Report on sanitation, dispensaries, and jails in Rajputana for 1912, and on vaccination for the year 1912-1913 - 1912-1913
Year: 1912
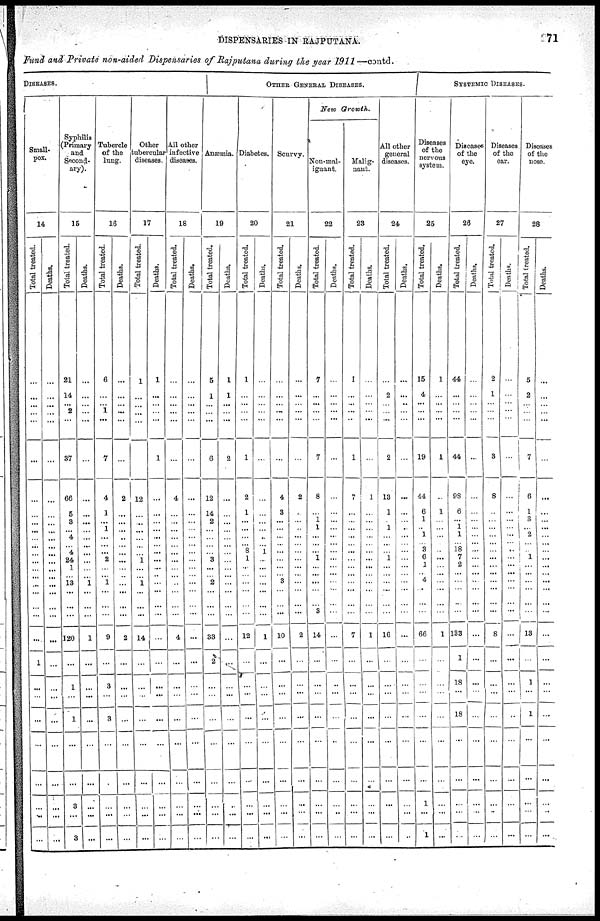
DISPENSARIES IN RAJPUTANA.
71
Fund and Private non-aided Dispensaries of Rajputana during the year 1911—contd.
DISEASES.
Small-
pox.
14
Total treated.
...
...
...
...
...
...
...
...
...
...
...
...
...
...
...
... ...
...
...
...
...
1
...
...
...
...
...
...
...
Deaths.
...
...
...
...
...
...
...
...
...
...
...
...
...
...
...
...
...
...
...
...
...
...
...
...
...
...
...
...
...
Syphilis
(Primary
and
Second-
ary).
15
Total treated.
21
14
... 2
...
37
66
5
3
... 4
... 4
24
1
... 13
...
...
...
120
...
1
...
1
...
3
...
3
Deaths.
...
...
...
...
...
...
...
...
...
...
...
...
...
...
...
... 1
...
...
...
1
...
...
...
...
...
...
...
...
Tubercle
of the
lung.
16
Total treated.
6
...
... 1
...
7
4
1
... 1
...
...
...
2
...
... 1
...
...
...
9
...
3
...
3
...
...
...
...
Deaths.
...
...
... ...
...
...
2
...
...
...
...
...
...
...
...
... ...
...
...
...
2
...
...
...
...
...
...
...
...
Other
tubercular
diseases.
17
Total treated.
1
...
...
...
...
...
12
...
...
...
...
...
...
1
...
... 1
...
...
...
14
...
...
...
...
...
...
...
...
Deaths.
1
...
...
...
...
1
...
...
...
...
...
...
...
...
...
... ...
...
...
...
...
...
...
...
...
...
...
...
...
All other
infective
diseases.
18
Total treated.
...
...
... ...
...
...
4
...
...
...
...
...
...
...
...
... ...
...
...
...
4
...
...
...
...
...
...
...
...
Deaths.
...
...
...
...
...
...
...
...
...
...
...
...
...
...
...
... ...
...
...
...
...
...
...
...
...
...
...
...
...
OTHER GENERAL DISEASES.
Anæmia.
19
Total treated.
5
1
...
...
...
6
12
14
2
...
...
...
...
3
...
... 2
...
...
...
33
2
...
...
...
...
...
...
...
Deaths.
1
1
...
...
...
2
...
...
...
...
...
...
...
...
...
...
...
...
...
...
...
...
...
...
...
...
...
...
...
Diabetes.
20
Total treated.
1
...
...
...
...
1
2
1
...
...
...
... 8
1
...
... ...
...
...
...
12
...
...
...
...
...
...
...
...
Deaths.
...
...
...
...
...
...
...
...
...
...
..
...
1
...
...
... ...
...
...
...
1
...
...
...
...
...
...
...
...
Scurvy.
21
Total treated.
...
...
...
...
...
...
4
3
...
...
...
...
...
...
...
... 3
...
...
...
10
...
...
...
...
...
...
...
...
Deaths.
...
...
...
...
...
...
2
...
...
...
...
...
...
...
...
... ...
...
...
...
2
...
...
...
...
...
...
...
...
New Growth.
Non-mal¬
ignant.
22
Total treated.
7
...
...
...
...
7
8
...
1
1
...
...
...
1
...
...
...
...
...
3
14
...
...
...
...
...
...
...
...
Deaths.
...
...
... ...
...
...
...
...
...
...
...
...
...
...
...
... ...
...
...
...
...
...
...
...
1
...
...
...
...
Malig-
nant.
23
Total treated.
1
...
...
...
...
1
7
...
...
...
...
...
...
...
...
... ...
...
...
...
7
...
...
...
...
...
...
...
...
Deaths.
...
...
...
...
...
...
1
...
...
...
...
...
...
...
...
... ...
...
...
...
1
...
...
...
...
...
...
...
...
All other
general
diseases.
24
Total treated.
...
2
...
...
...
2
13
1
...
1
...
...
...
1
...
...
...
...
...
...
16
...
...
...
...
...
...
...
...
Deaths.
...
...
...
...
...
...
...
...
...
...
...
...
...
...
...
... ...
...
...
...
...
...
...
...
...
...
...
...
...
SYSTEMIC DISEASES.
Diseases
of the
norvous
system.
25
Total treated.
15
4
...
...
...
19
44
6
1
...
1
...
3
6
1
... 4
...
...
...
66
...
...
...
...
...
1
...
1
Deaths.
1
...
...
...
...
1
...
1
...
...
...
...
...
...
...
... ...
...
...
...
1
...
...
...
...
...
...
...
...
Diseases
of the
eye.
26
Total treated.
44
...
...
...
...
44
98
6
...
1
1
...
18
7
2
...
...
...
...
...
133
1
18
...
18
...
...
...
...
Deaths.
...
...
...
...
...
...
...
...
...
...
...
...
...
...
...
... ...
...
...
...
...
...
...
...
...
...
...
...
...
Diseases
of the
ear.
27
Total treated.
2
1
...
...
...
3
8
...
...
...
...
...
...
...
...
... ...
...
...
...
8
...
...
...
...
...
...
...
...
Deaths.
...
...
...
...
...
...
...
...
...
...
...
...
...
...
...
... ...
...
...
...
...
...
...
...
...
...
...
...
...
Diseases
of the
nose.
28
Total treated.
5
2
...
...
...
7
6
1
3
...
2
...
...
1
...
... 1
...
...
...
13
...
1
...
1
...
...
...
...
Deaths.
...
...
...
...
...
...
...
...
...
...
...
...
...
...
...
... ...
...
...
...
...
...
...
...
...
...
...
...
...